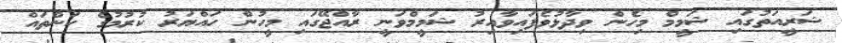
ޝަރީއަތުގައި ޝަމީމް މިހެން ވިދާޅުވެފައިވާއިރު ޝަމީމްވަނީ ރާއްޖޭގައި މީހުން ހައްޔަރު ކުރުމުގެ ކަންތައް